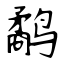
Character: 鹬